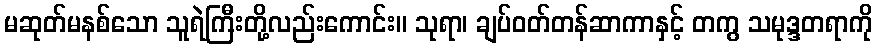
မဆုတ်မနစ်သော သူရဲကြီးတို့လည်းကောင်း။ သုရာ၊ ချပ်ဝတ်တန်ဆာကာနှင့် တကွ သမုဒ္ဒတရာကို